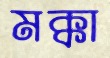
মক্কা